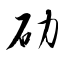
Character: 劯